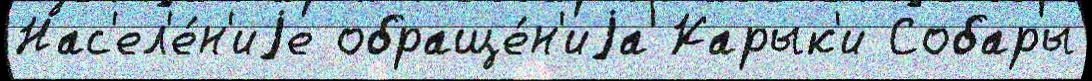
Нас'ел'е́н'иjе обраще́н'иjа Карык'и Собары